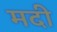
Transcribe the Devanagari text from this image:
मदी